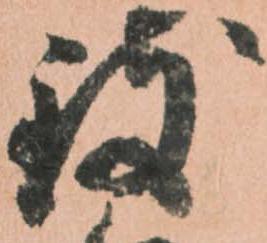
致